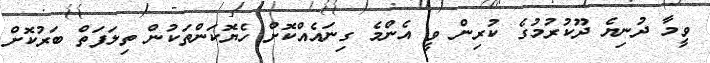
ވީމާ ދުނިޔެ ދޫކުރުމުގެ ކުރިން ވީ އެންމެ ގިނައެއްކޮށް ހެޔޮކަންތަކުން ތިލަފަތް ބަރުކޮށް